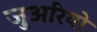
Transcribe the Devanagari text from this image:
जुअरियो